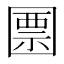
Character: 𡈜